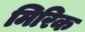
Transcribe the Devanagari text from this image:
मिरिक